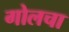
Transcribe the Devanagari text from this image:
गोलचा